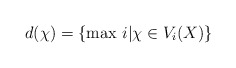
\begin{align*}d(\chi)=\{ {\rm max}\ i \vert \chi \in V_i(X)\}\end{align*}